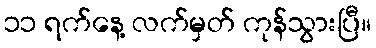
၁၁ ရက်နေ့ လက်မှတ် ကုန်သွားပြီ။